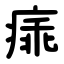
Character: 㾩